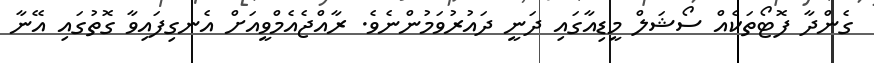
ގެންދާ ފޮޓޯތަކެއް ސޯޝަލް މީޑިއާގައި ދަނީ ދައުރުވަމުންނެވެ. ރާއްޖެއެމްވީއަށް އެނގިފައިވާ ގޮތުގައި އޭނާ